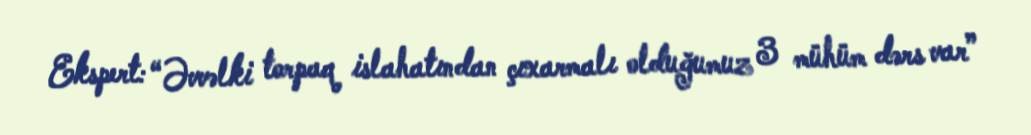
Ekspert: “Əvvəlki torpaq islahatından çıxarmalı olduğumuz 3 mühüm dərs var”